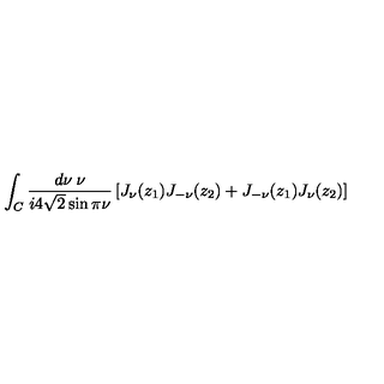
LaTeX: \int _ { C } \frac { d \nu \: \nu } { i 4 \sqrt { 2 } \sin \pi \nu } \left[ J _ { \nu } ( z _ { 1 } ) J _ { - \nu } ( z _ { 2 } ) + J _ { - \nu } ( z _ { 1 } ) J _ { \nu } ( z _ { 2 } ) \right]